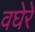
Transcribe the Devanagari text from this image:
वघेरे